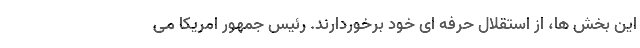
این بخش ها، از استقلال حرفه ای خود برخوردارند. رئیس جمهور امریکا می